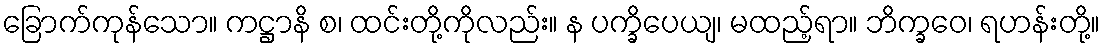
ခြောက်ကုန်သော။ ကဋ္ဌာနိ စ၊ ထင်းတို့ကိုလည်း။ န ပက္ခိပေယျ၊ မထည့်ရာ။ ဘိက္ခဝေ၊ ရဟန်းတို့။